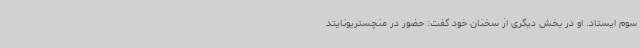
سوم ایستاد. او در بخش دیگری از سخنان خود گفت: حضور در منچستریونایتد